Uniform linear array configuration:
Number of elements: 4
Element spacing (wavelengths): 0.75
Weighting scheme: hamming
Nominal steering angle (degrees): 0
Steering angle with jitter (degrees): -1.781
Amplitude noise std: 0.05
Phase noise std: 0.05

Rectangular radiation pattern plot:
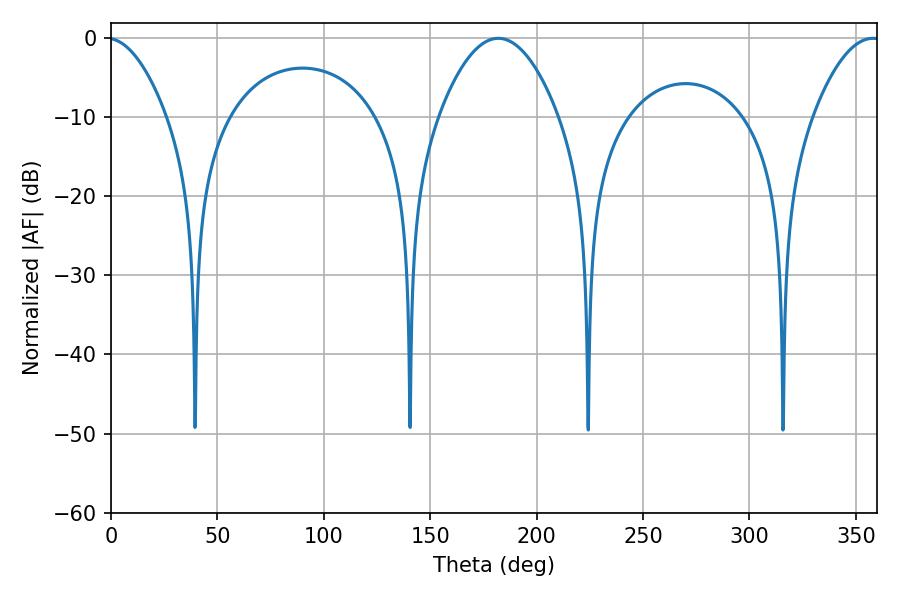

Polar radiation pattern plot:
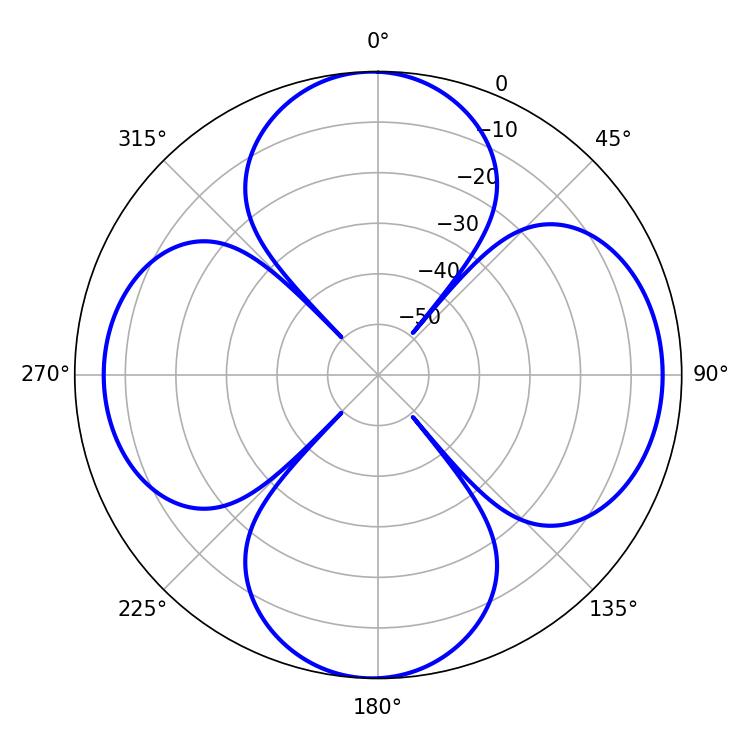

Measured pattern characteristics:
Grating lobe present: TRUE
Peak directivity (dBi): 12.727
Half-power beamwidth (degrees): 30.96
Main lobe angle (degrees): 181.98